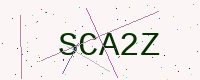
Text: SCA2Z